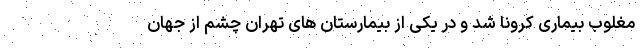
مغلوب بیماری کرونا شد و در یکی از بیمارستان های تهران چشم از جهان